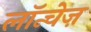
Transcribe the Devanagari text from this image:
लॉन्चेज़